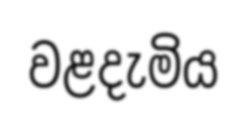
වළදැමිය